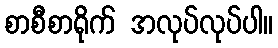
စာစီစာရိုက် အလုပ်လုပ်ပါ။